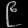
Digit: ၉